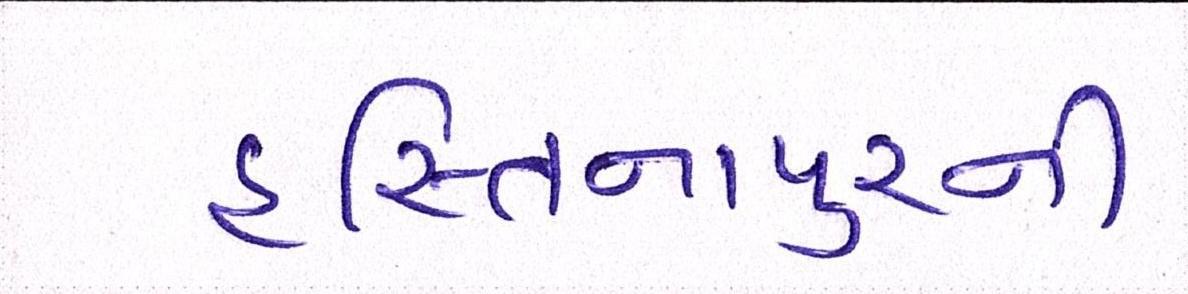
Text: હસ્તિનાપુરની